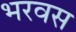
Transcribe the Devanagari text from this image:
भरवस